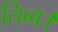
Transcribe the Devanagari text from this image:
तिब्ब।